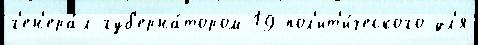
г'ен'ера́л-губ'ерна́тором 19 пол'ит'и́ческого дл'я